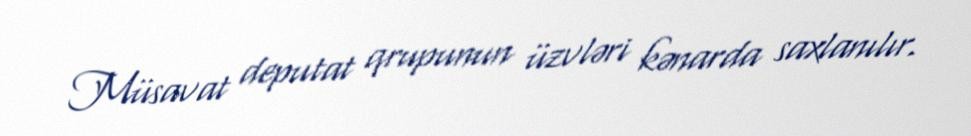
Müsavat deputat qrupunun üzvləri kənarda saxlanılır.